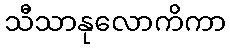
သီသာနုလောကိကာ